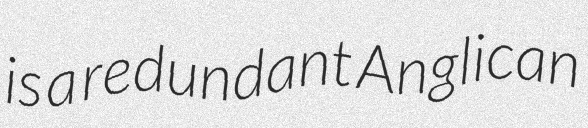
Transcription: is a redundant Anglican